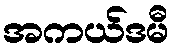
အကယ်ဒမီ